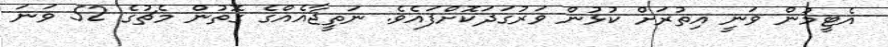
އެޓީމުން ވަނީ އިތުރަށް ކުޅުން ވަރުގަދަކޮށްފައެވެ. ނަތީޖާއެއްގެ ގޮތުން މެޗުގެ 52 ވަނަ